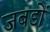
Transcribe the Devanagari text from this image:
जबडों